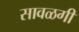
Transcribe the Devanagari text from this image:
सावळगी